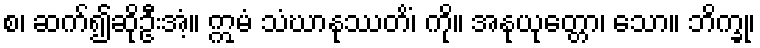
စ၊ ဆက်၍ဆိုဦးအံ့။ ဣမံ သံဃာနုဿတိံ၊ ကို။ အနုယုတ္တော၊ သော။ ဘိက္ခု၊